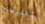
سلفريدج